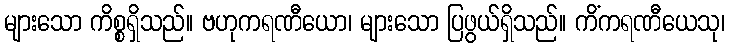
များသော ကိစ္စရှိသည်။ ဗဟုကရဏီယော၊ များသော ပြဖွယ်ရှိသည်။ ကိံကရဏီယေသု၊